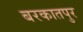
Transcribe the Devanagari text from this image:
बरकातपुर